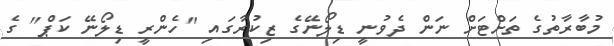
މުބާރާތުގެ ތަށްޓަށް ނަން ދެވުނީ ޑިލޯނޭގެ ޒިކުރާގައި "ހެންރީ ޑިލޯނޭ ކަޕް" ގެ